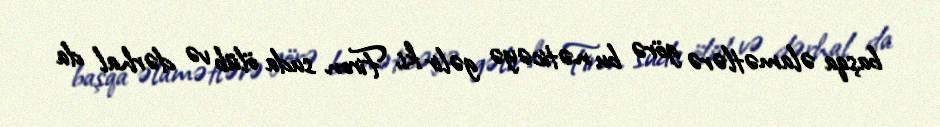
başqa əlamətlərə görə bu nəticəyə gəlir ki, Firon suda ölüb və dərhal da